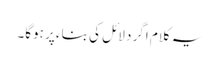
یہ کلام اگر دلائل کی بناء پر ہوگا۔